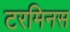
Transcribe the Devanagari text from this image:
टरमिनस